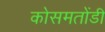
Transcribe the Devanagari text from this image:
कोसमतोंडी